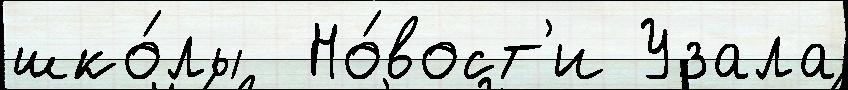
шко́лы  Но́вост'и Узала